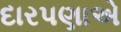
દારપણાએ